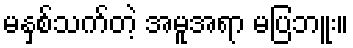
မနှစ်သက်တဲ့ အမူအရာ မပြဘူး။